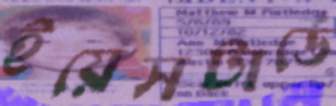
ইয়েসটার্ডে